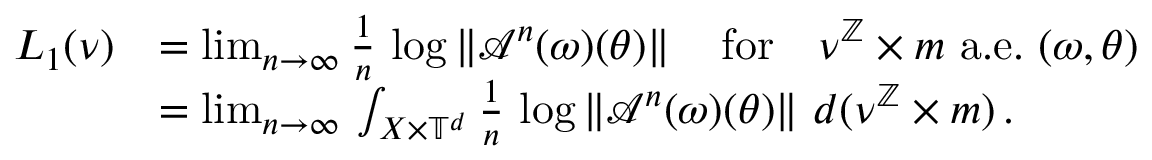
\begin{array} { r l } { L _ { 1 } ( { \nu } ) } & { = \operatorname* { l i m } _ { n \to \infty } \frac { 1 } { n } \, \log \left\| \mathscr { A } ^ { n } ( \omega ) ( \theta ) \right\| \quad \mathrm { f o r } \quad { \nu } ^ { \mathbb { Z } } \times m \mathrm { ~ a . e . ~ } ( \omega , \theta ) } \\ & { = \operatorname* { l i m } _ { n \to \infty } \, \int _ { X \times \mathbb { T } ^ { d } } \frac { 1 } { n } \, \log \left\| \mathscr { A } ^ { n } ( \omega ) ( \theta ) \right\| \, d ( { \nu } ^ { \mathbb { Z } } \times m ) \, . } \end{array}